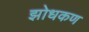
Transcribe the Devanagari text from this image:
झोधकण